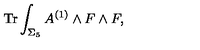
\mathrm { T r } \int _ { \Sigma _ { 5 } } A ^ { ( 1 ) } \wedge F \wedge F ,